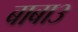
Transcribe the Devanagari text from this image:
बाबा३